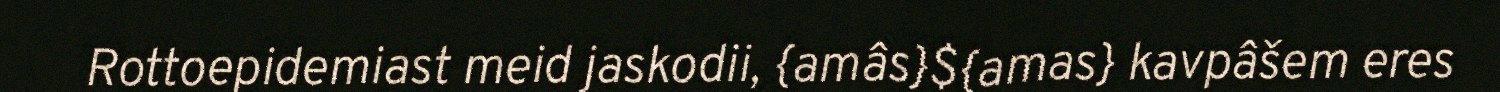
Rottoepidemiast meid jaskodii, {amâs}${amas} kavpâšem eres